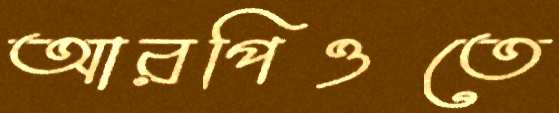
আরপিওতে